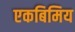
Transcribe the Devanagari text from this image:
एकबिमिय